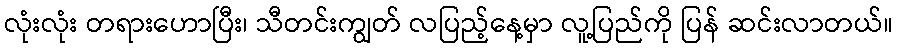
လုံးလုံး တရားဟောပြီး၊ သီတင်းကျွတ် လပြည့်နေ့မှာ လူ့ပြည်ကို ပြန် ဆင်းလာတယ်။